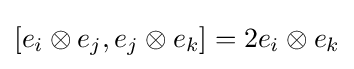
[e_{i}\otimes e_{j},e_{j}\otimes e_{k}]=2e_{i}\otimes e_{k}